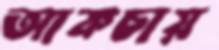
আকচায়